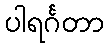
ပါရင်္ဂတာ